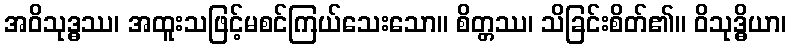
အဝိသုဒ္ဓဿ၊ အထူးသဖြင့်မစင်ကြယ်သေးသော။ စိတ္တဿ၊ သိခြင်းစိတ်၏။ ဝိသုဒ္ဓိယာ၊